Problem: 28 + 5 = ?
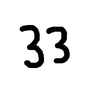
Handwritten answer: 33